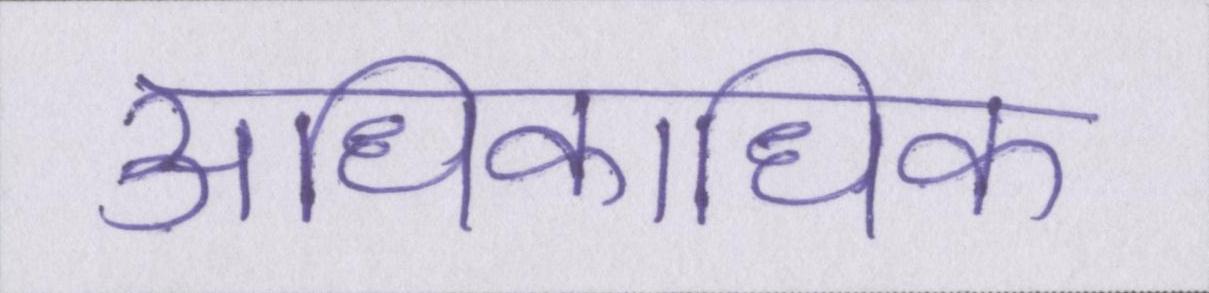
अधिकाधिक